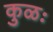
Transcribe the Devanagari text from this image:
कुळः